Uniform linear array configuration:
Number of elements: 64
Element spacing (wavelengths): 0.25
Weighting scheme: exponential
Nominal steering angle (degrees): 30
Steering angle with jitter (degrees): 30.065
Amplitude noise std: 0.05
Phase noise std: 0.05

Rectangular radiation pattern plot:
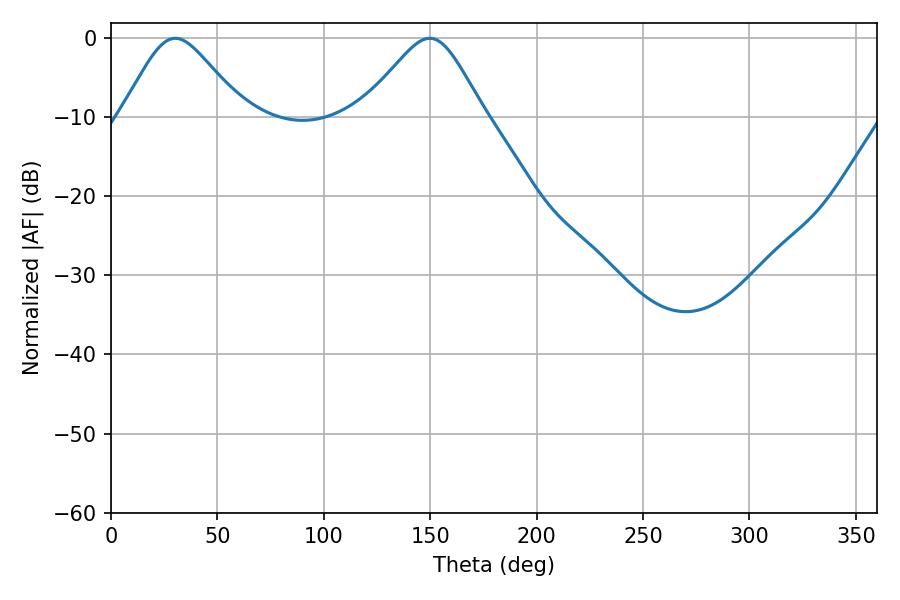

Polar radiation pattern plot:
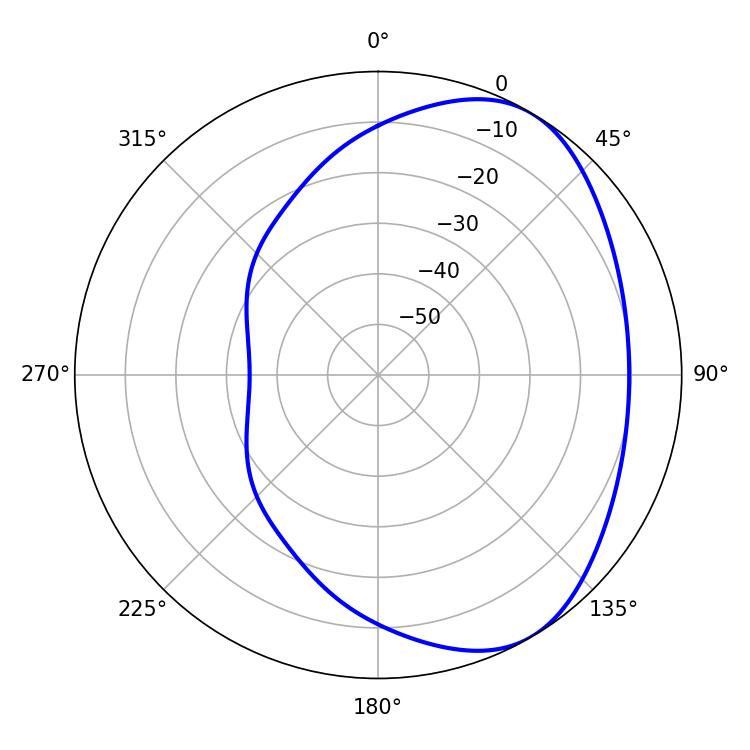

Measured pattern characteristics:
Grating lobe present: FALSE
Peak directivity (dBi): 4.768
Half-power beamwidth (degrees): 27.72
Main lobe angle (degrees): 30.24